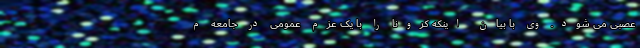
عصبی می شود. وی با بیان اینکه کرونا را با یک عزم عمومی در جامعه م